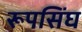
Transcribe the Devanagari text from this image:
रूपसिंघ